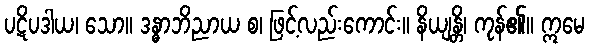
ပဋိပဒါယ၊ သော။ ဒန္ဓာဘိညာယ စ၊ ဖြင့်လည်းကောင်း။ နိယျန္တိ၊ ကုန်၏။ ဣမေ